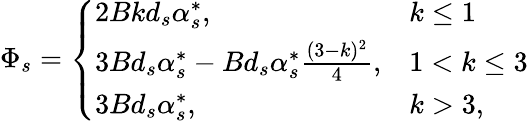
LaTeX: \Phi_{s}=\left\{ \begin{array}{ll}{2Bkd_{s}\alpha_{s}^{*},}&{k\le 1}\\ {3Bd_{s}\alpha_{s}^{*}-Bd_{s}\alpha_{s}^{*}\frac{(3-k)^{2}}{4},}&{1<k\le 3}\\ {3Bd_{s}\alpha_{s}^{*},}&{k>3,}\end{array}\right.